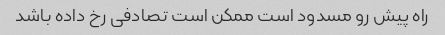
راه پیش رو مسدود است ممکن است تصادفی رخ داده باشد